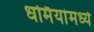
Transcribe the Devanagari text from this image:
धर्मियांमध्ये